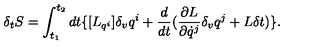
\delta _ { t } { S } = \int _ { t _ { 1 } } ^ { t _ { 2 } } d t \{ [ { L } _ { q ^ { i } } ] \delta _ { v } q ^ { i } + \frac { d } { d t } ( \frac { \partial { L } } { \partial \dot { q } ^ { j } } \delta _ { v } q ^ { j } + { L } \delta t ) \} .